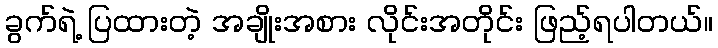
ခွက်ရဲ့ ပြထားတဲ့ အချိုးအစား လိုင်းအတိုင်း ဖြည့်ရပါတယ်။